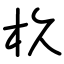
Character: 杦